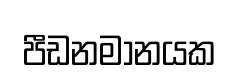
පීඩනමානයක